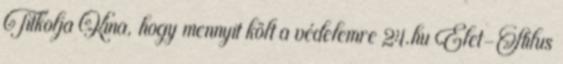
Titkolja Kína, hogy mennyit költ a védelemre 24.hu Élet-Stílus